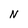
Character: N